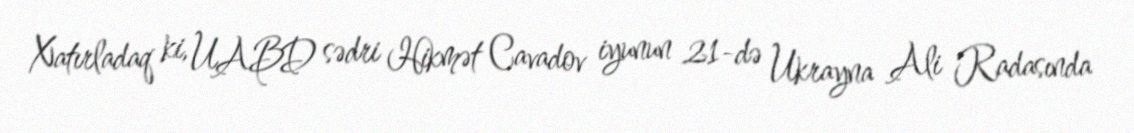
Xatırladaq ki, UABD sədri Hikmət Cavadov iyunun 21-də Ukrayna Ali Radasında